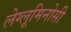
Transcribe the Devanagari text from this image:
लेग्लूमिनोसी